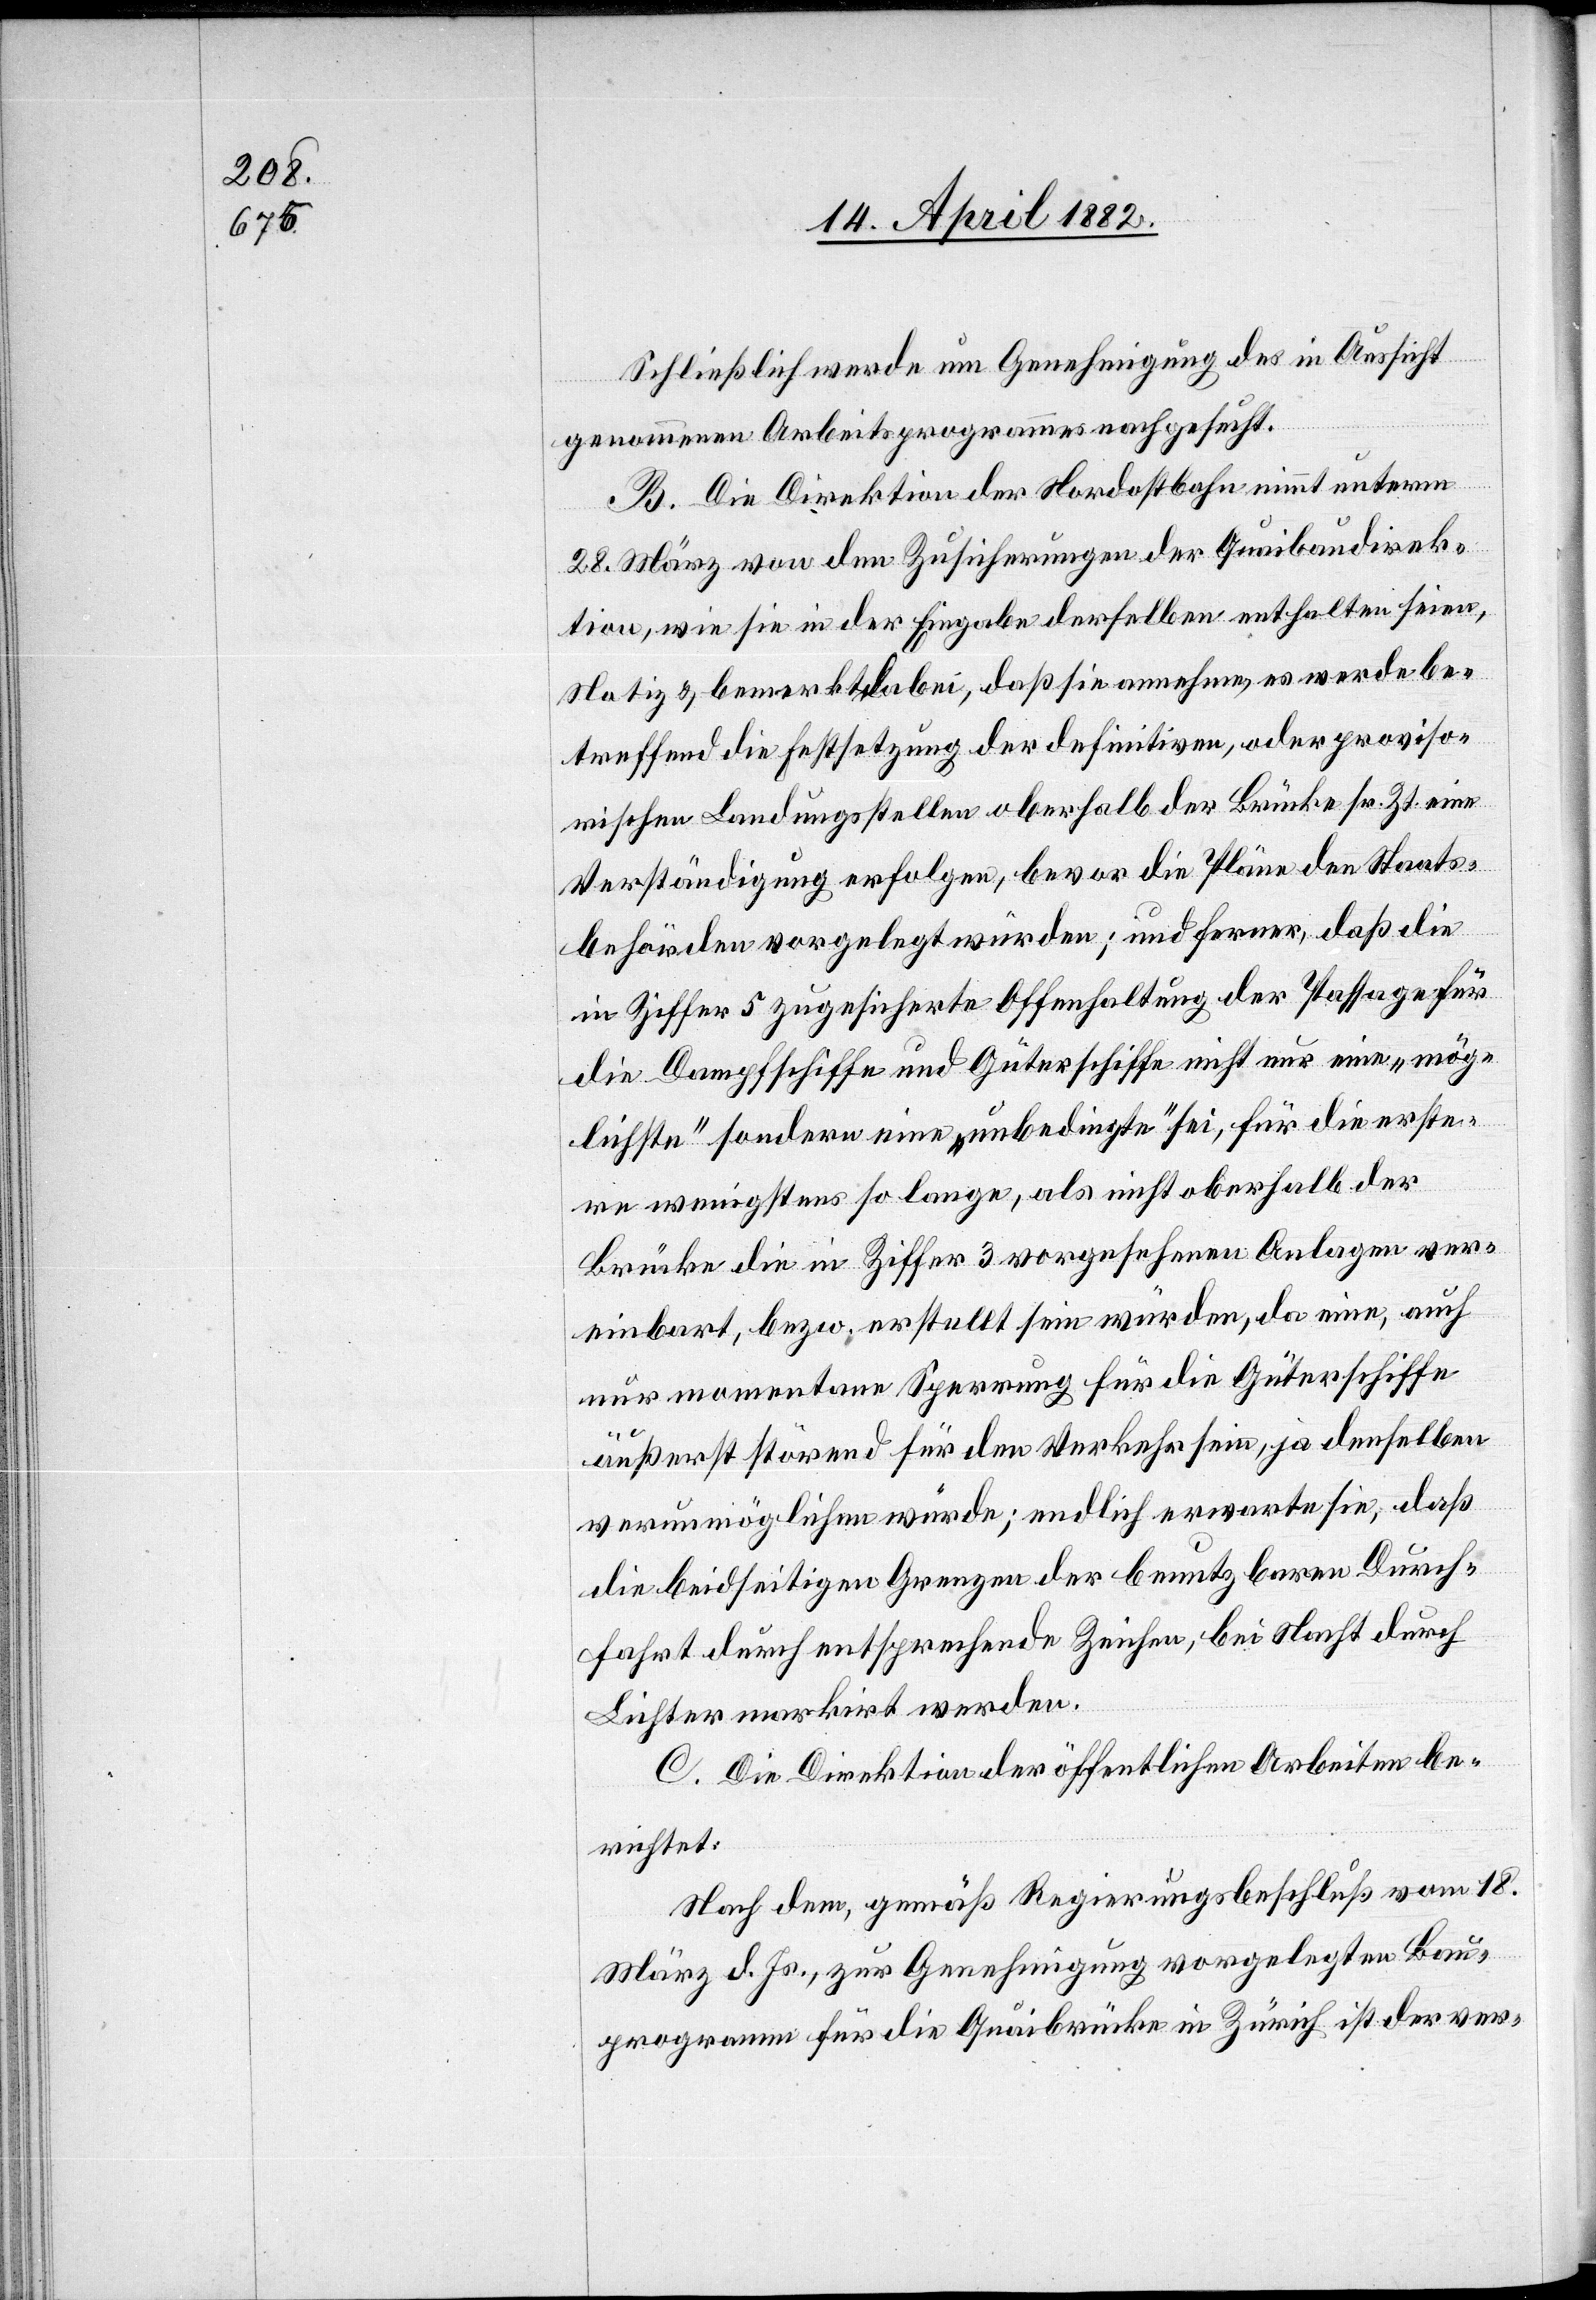
Schließlich werde um Genehmigung des in Aussicht
genommenen Arbeitsprogrammes nachgesucht.
B. Die Direktion der Nordostbahn nimmt unterm
28. März von den Zusicherungen der Quaibaudirek¬
tion, wie sie in der Eingabe derselben enthalten seien,
Notiz & bemerkt dabei, daß sie annehme, es werde be¬
treffend die Festsetzung der definitiven, oder proviso¬
rischen Landungsstellen oberhalb der Brücke sr. Zt. eine
Verständigung erfolgen, bevor die Pläne den Staats¬
behörden vorgelegt würden; und ferner, daß die
in Ziffer 5 zugesicherte Offenhaltung der Passage für
die Dampfschiffe und Güterschiffe nicht nur eine „mög¬
lichste“ sondern eine „unbedingte“ sei, für die erste¬
re wenigstens so lange, als nicht oberhalb der
Brücke die in Ziffer 3 vorgesehenen Anlagen ver¬
einbart, bezw. erstellt sein würden, da eine, auch
nur momentane Sperrung für die Güterschiffe
äußerst störend für den Verkehr sein, ja denselben
verunmöglichen würde; endlich erwarte sie, daß
die beidseitigen Grenzen der benutzbaren Durch¬
fahrt durch entsprechende Zeichen, bei Nacht durch
Lichter markirt werden.
C. Die Direktion der öffentlichen Arbeiten be¬
richtet:
Nach dem, gemäß Regierungsbeschluß vom 18.
März d. Js., zur Genehmigung vorgelegten Bau¬
programm für die Quaibrücke in Zürich ist der ver-